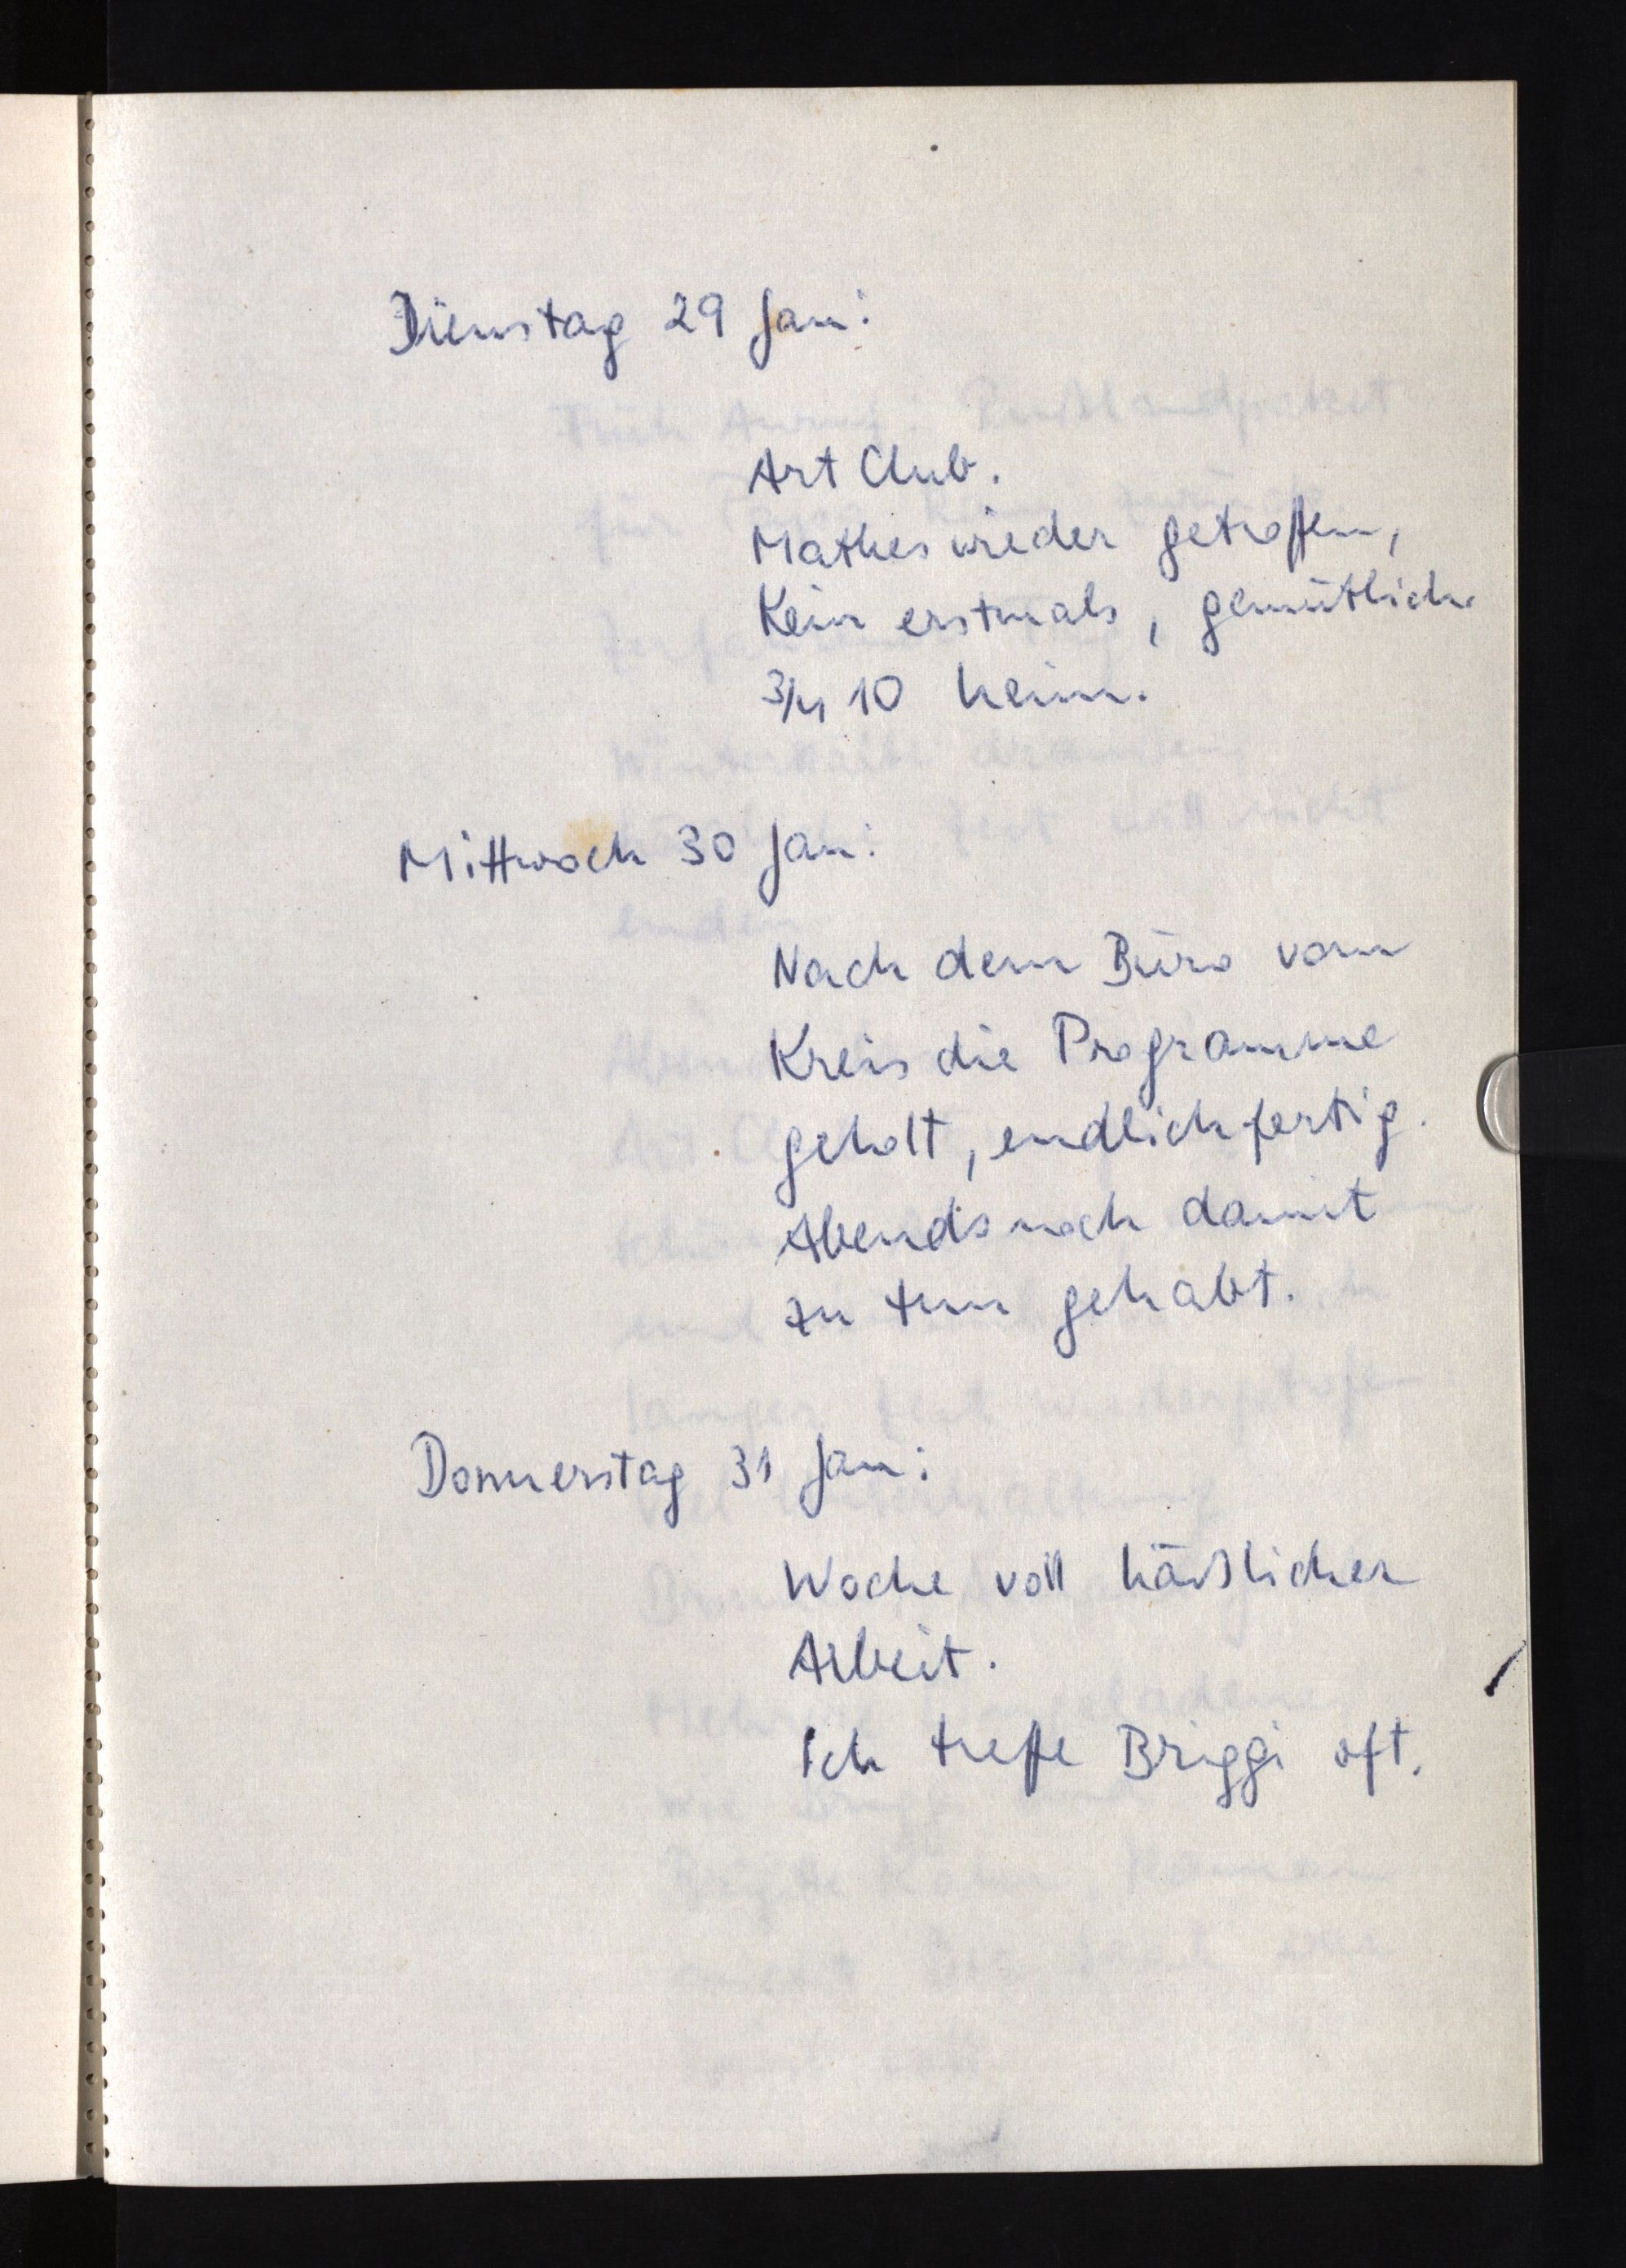
Dienstag 29 Jan:
Art Club.
Mathes wieder getroffen,
Kein erstmals, gemütlich.
3/4 10 heim.
Mittwoch 30 Jan:
Nach dem Büro vom
Kreis die Programme
geholt, endlich fertig.
Abends noch damit
zu tun gehabt.
Donnerstag 31 Jan:
Woche voll häßlicher
Arbeit.
Ich treffe Briggi oft.